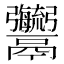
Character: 𩱱